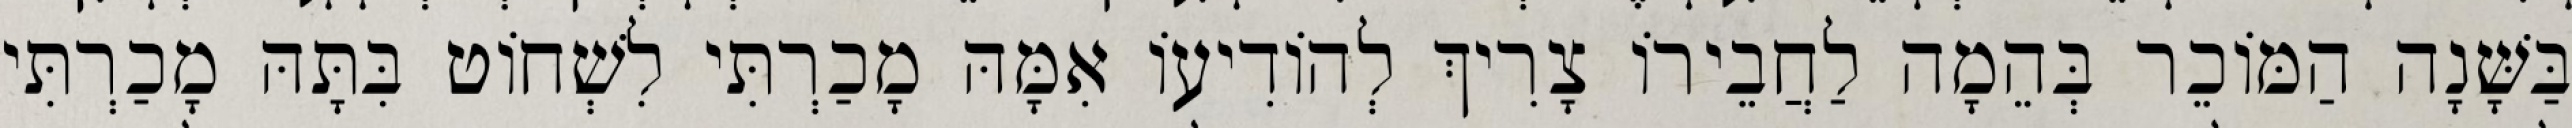
בַּשָּׁנָה הַמּוֹכֵר בְּהֵמָה לַחֲבֵירוֹ צָרִיךְ לְהוֹדִיעוֹ אִמָּהּ מָכַרְתִּי לִשְׁחוֹט בִּתָּהּ מָכַרְתִּי